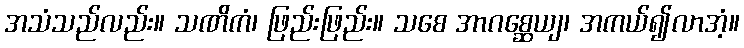
အသံသည်လည်း။ သဏိကံ၊ ဖြည်းဖြည်း။ သစေ အာဂစ္ဆေယျ၊ အကယ်၍လာအံ့။